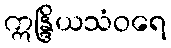
ဣန္ဒြိယသံဝရေ